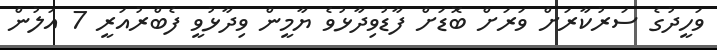
ވަހީދުގެ ސަރުކާރަށް ވަރަށް ބޮޑަށް ފާޑުވިދާޅުވެ ޔާމީން ވިދާޅުވީ ފެބްރުއަރީ 7 އަލުން